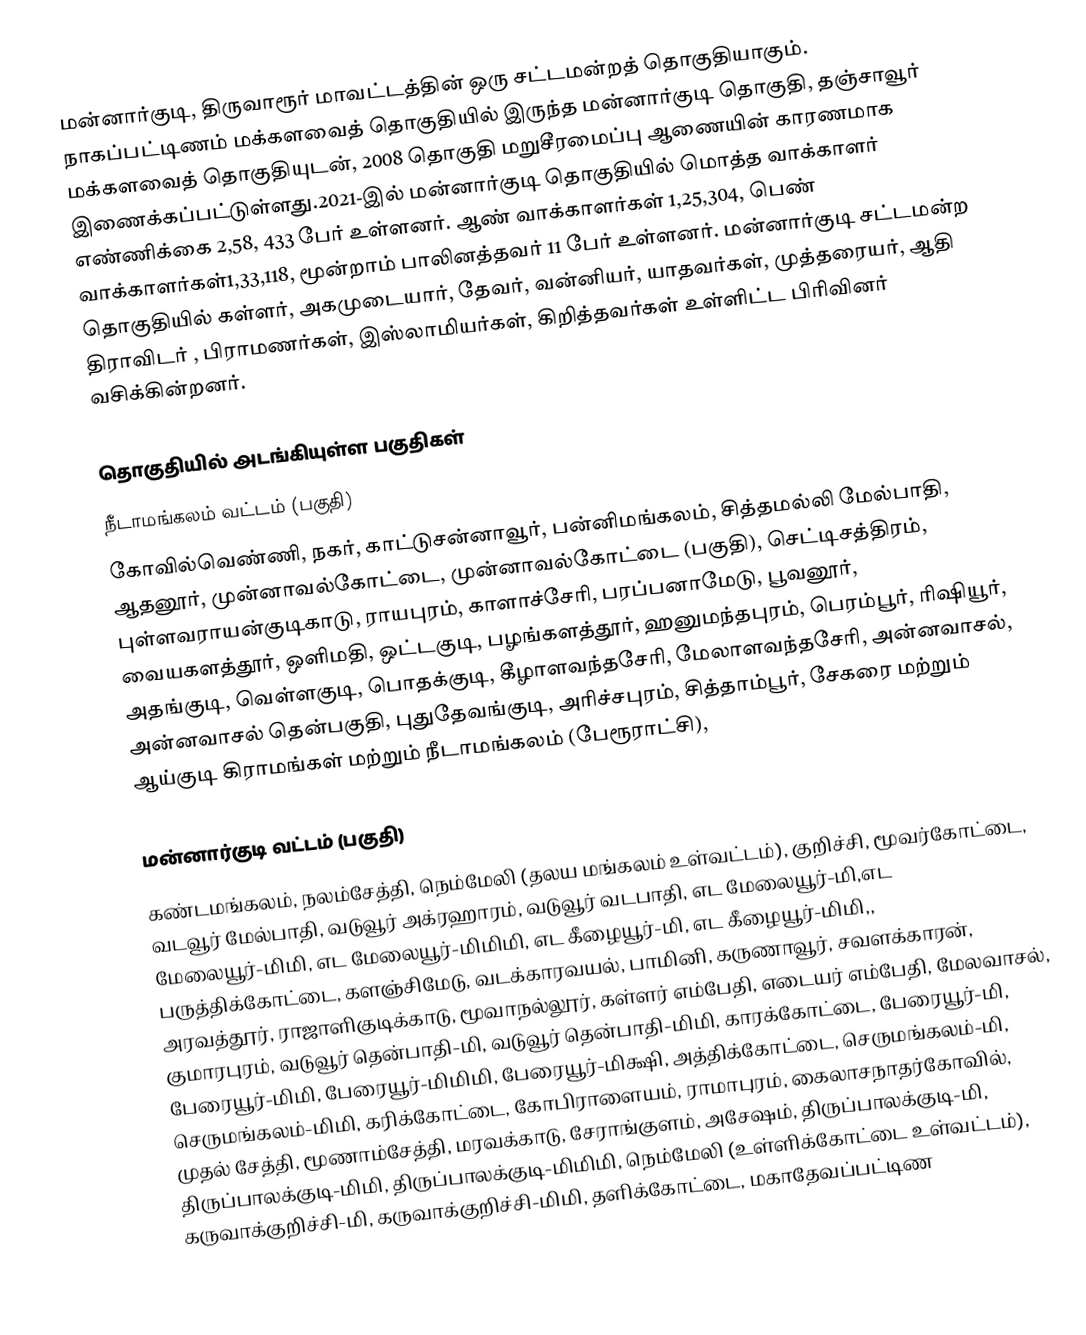
மன்னார்குடி, திருவாரூர் மாவட்டத்தின் ஒரு சட்டமன்றத் தொகுதியாகும். நாகப்பட்டிணம் மக்களவைத் தொகுதியில் இருந்த மன்னார்குடி  தொகுதி, தஞ்சாவூர் மக்களவைத் தொகுதியுடன், 2008 தொகுதி மறுசீரமைப்பு ஆணையின் காரணமாக இணைக்கப்பட்டுள்ளது.2021-இல் மன்னார்குடி தொகுதியில் மொத்த வாக்காளர் எண்ணிக்கை 2,58, 433 பேர் உள்ளனர். ஆண் வாக்காளர்கள் 1,25,304, பெண் வாக்காளர்கள்1,33,118, மூன்றாம் பாலினத்தவர் 11 பேர் உள்ளனர். மன்னார்குடி சட்டமன்ற தொகுதியில் கள்ளர், அகமுடையார், தேவர், வன்னியர், யாதவர்கள், முத்தரையர், ஆதி திராவிடர் , பிராமணர்கள், இஸ்லாமியர்கள், கிறித்தவர்கள் உள்ளிட்ட பிரிவினர் வசிக்கின்றனர்.

தொகுதியில் அடங்கியுள்ள பகுதிகள்
நீடாமங்கலம் வட்டம் (பகுதி)
கோவில்வெண்ணி, நகர், காட்டுசன்னாவூர், பன்னிமங்கலம், சித்தமல்லி மேல்பாதி, ஆதனூர், முன்னாவல்கோட்டை, முன்னாவல்கோட்டை (பகுதி), செட்டிசத்திரம், புள்ளவராயன்குடிகாடு, ராயபுரம், காளாச்சேரி, பரப்பனாமேடு, பூவனூர், வையகளத்தூர், ஒளிமதி, ஒட்டகுடி, பழங்களத்தூர், ஹனுமந்தபுரம், பெரம்பூர், ரிஷியூர், அதங்குடி, வெள்ளகுடி, பொதக்குடி, கீழாளவந்தசேரி, மேலாளவந்தசேரி, அன்னவாசல், அன்னவாசல் தென்பகுதி, புதுதேவங்குடி, அரிச்சபுரம், சித்தாம்பூர், சேகரை மற்றும் ஆய்குடி கிராமங்கள் மற்றும் நீடாமங்கலம் (பேரூராட்சி),

மன்னார்குடி வட்டம் (பகுதி)
கண்டமங்கலம், நலம்சேத்தி, நெம்மேலி (தலய மங்கலம் உள்வட்டம்), குறிச்சி, மூவர்கோட்டை, வடவூர் மேல்பாதி, வடுவூர் அக்ரஹாரம், வடுவூர் வடபாதி, எட மேலையூர்-மி,எட மேலையூர்-மிமி, எட மேலையூர்-மிமிமி, எட கீழையூர்-மி, எட கீழையூர்-மிமி,, பருத்திக்கோட்டை, களஞ்சிமேடு, வடக்காரவயல், பாமினி, கருணாவூர், சவளக்காரன், அரவத்தூர், ராஜாளிகுடிக்காடு, மூவாநல்லூர், கள்ளர் எம்பேதி, எடையர் எம்பேதி, மேலவாசல், குமாரபுரம், வடுவூர் தென்பாதி-மி, வடுவூர் தென்பாதி-மிமி, காரக்கோட்டை, பேரையூர்-மி, பேரையூர்-மிமி, பேரையூர்-மிமிமி, பேரையூர்-மிக்ஷி, அத்திக்கோட்டை, செருமங்கலம்-மி, செருமங்கலம்-மிமி, கரிக்கோட்டை, கோபிராளையம், ராமாபுரம், கைலாசநாதர்கோவில், முதல் சேத்தி, மூணாம்சேத்தி, மரவக்காடு, சேராங்குளம், அசேஷம், திருப்பாலக்குடி-மி, திருப்பாலக்குடி-மிமி, திருப்பாலக்குடி-மிமிமி, நெம்மேலி (உள்ளிக்கோட்டை உள்வட்டம்), கருவாக்குறிச்சி-மி, கருவாக்குறிச்சி-மிமி, தளிக்கோட்டை, மகாதேவப்பட்டிண